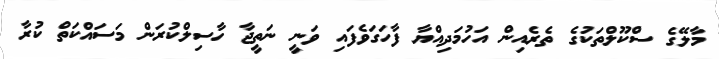
މާލޭގެ ސްކޫލްތަކުގެ ތެރެއިން އަހުމަދިއްޔާ ފާހަގަވެފައި ވަނީ ނަތީޖާ ހާސިލްކުރަން މަސައްކަތް ކުރާ